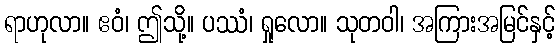
ရာဟုလာ။ ဧဝံ၊ ဤသို့။ ပဿံ၊ ရှုလော။ သုတဝါ၊ အကြားအမြင်နှင့်